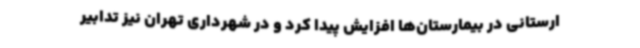
ارستانی در بیمارستان‌ها افزایش پیدا کرد و در شهرداری تهران نیز تدابیر